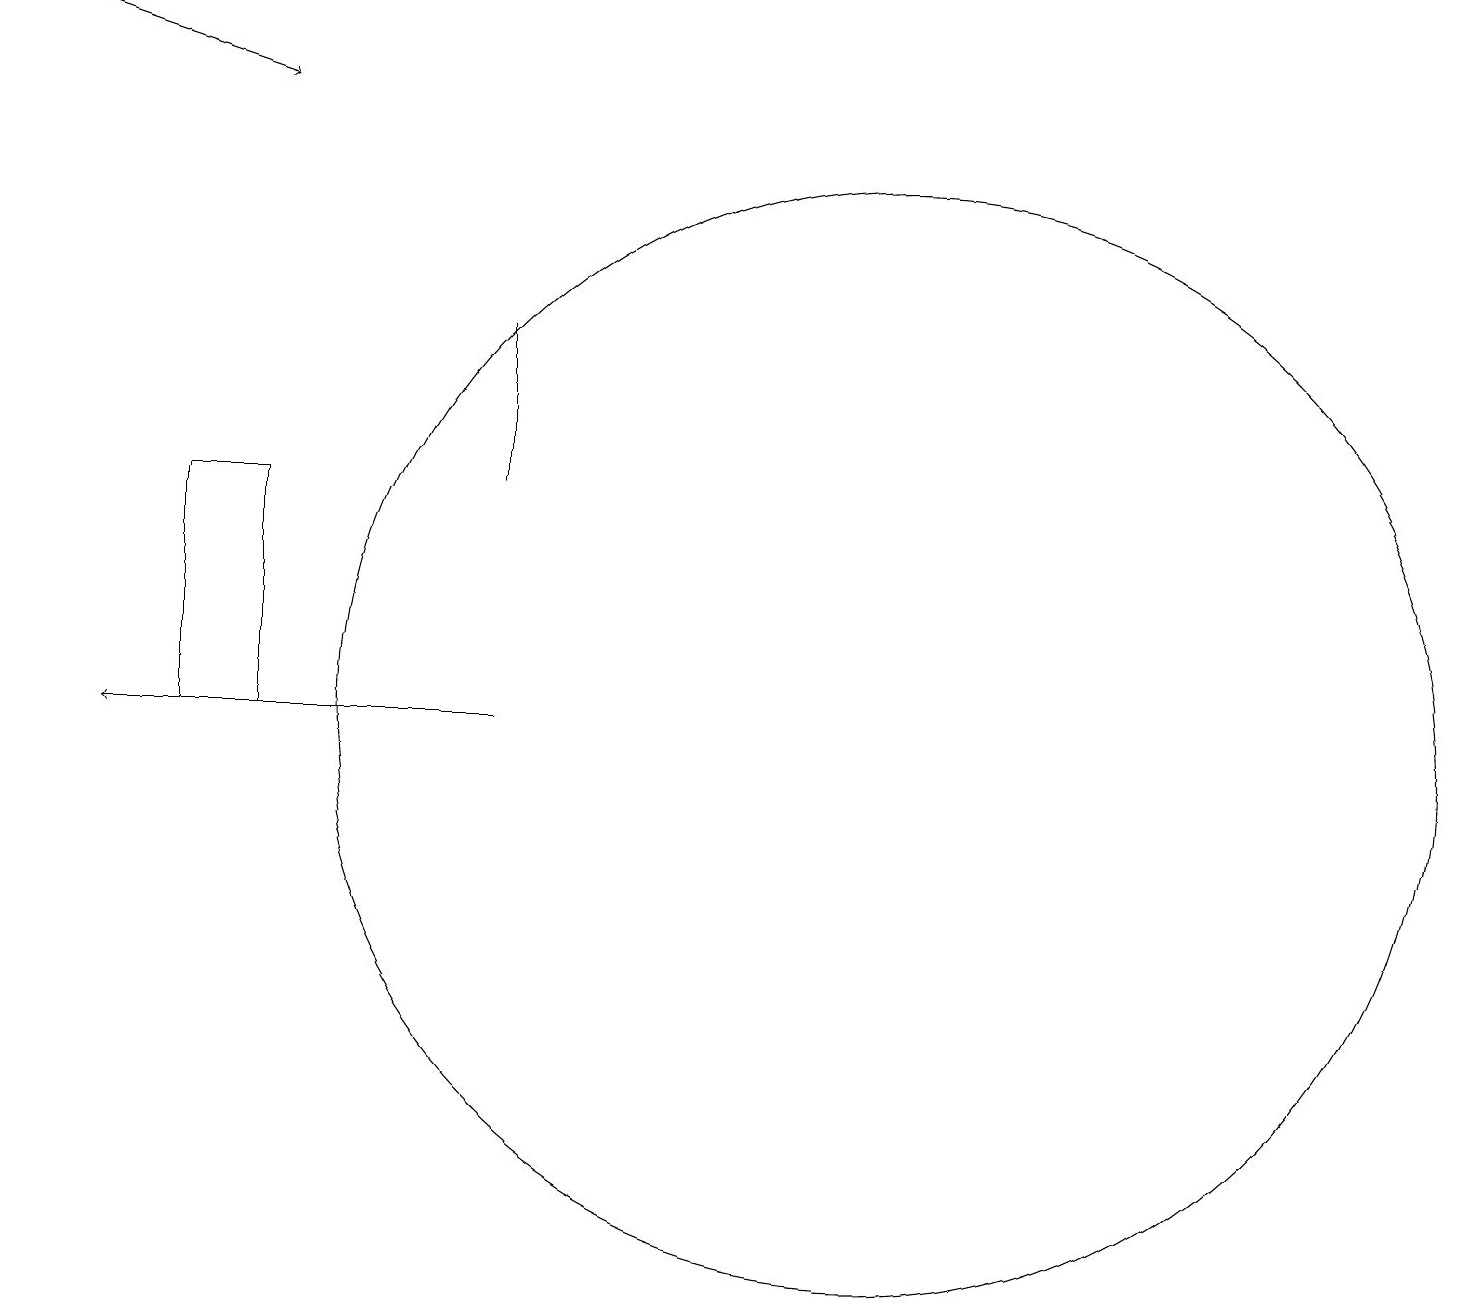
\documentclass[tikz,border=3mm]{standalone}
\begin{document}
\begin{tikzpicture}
\draw (3,13) rectangle (2,10);
\draw (6,13) rectangle (6,15);
\draw[->] (6,10) -- (1,10);
\draw (11,10) circle (7);
\draw[->] (0,19) -- (3,18);
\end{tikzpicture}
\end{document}